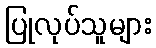
ပြုလုပ်သူများ